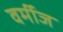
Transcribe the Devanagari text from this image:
वर्मीज